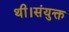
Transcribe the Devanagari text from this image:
थी।संयुक्त